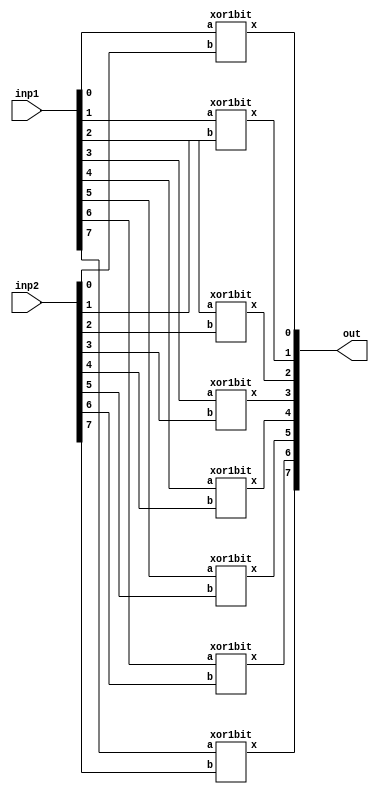
`timescale 1ns / 1ps
//////////////////////////////////////////////////////////////////////////////////
// GroupID-6 (15116067_15116068)- Utkarsh Verma & Vaibhav Garg  
// xor8bit.v - 8 bit XOR module (inp1 XOR inp2)
//////////////////////////////////////////////////////////////////////////////////
module xor8bit(
    output [7:0] out,
    input [7:0] inp1,
    input [7:0] inp2
    );
xor1bit out0(out[0],inp1[0],inp2[0]);
xor1bit out1(out[1],inp1[1],inp2[1]);
xor1bit out2(out[2],inp1[2],inp2[2]);
xor1bit out3(out[3],inp1[3],inp2[3]);
xor1bit out4(out[4],inp1[4],inp2[4]);
xor1bit out5(out[5],inp1[5],inp2[5]);
xor1bit out6(out[6],inp1[6],inp2[6]);
xor1bit out7(out[7],inp1[7],inp2[7]);
endmodule

module xor1bit(output x, input a,b
 );
 assign x= ((~a)&b)|(a&(~b)); 
endmodule